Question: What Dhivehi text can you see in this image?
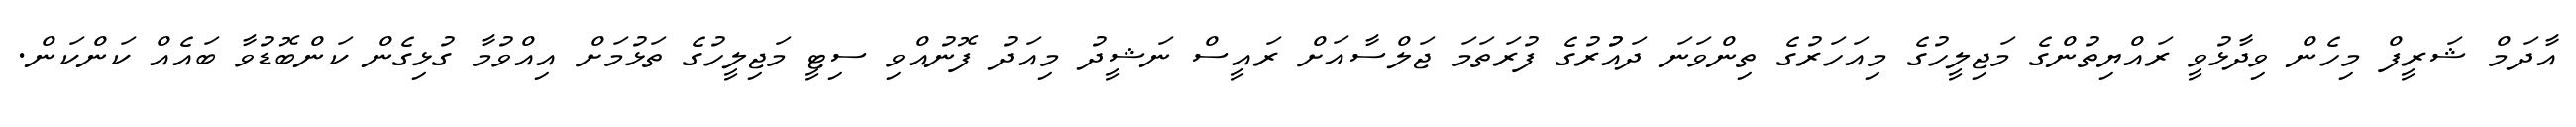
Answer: އާދަމް ޝަރީފް މިހެން ވިދާޅުވީ ރައްޔިތުންގެ މަޖިލީހުގެ މިއަހަރުގެ ތިންވަނަ ދައުުރުގެ ފުރަތަމަ ޖަލްސާއަށް ރައީސް ނަޝީދު މިއަދު ފޮނުއްވި ސިޓީ މަޖިލީހުގެ ތަޅުމަށް އިއްވުމާ ގުޅިގެން ކަންބޮޑުވާ ބައެއް ކަންކަން.